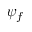
\psi _ { f }